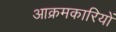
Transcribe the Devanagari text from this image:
आक्रमकारियों